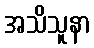
အသိသူနာ